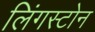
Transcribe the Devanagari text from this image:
लिंगस्टोन